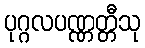
ပုဂ္ဂလပဏ္ဏတ္တီသု